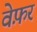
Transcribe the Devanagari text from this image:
वेफ़र